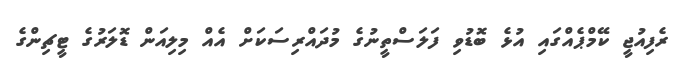
ރެފިއުޖީ ކޭމްޕެއްގައި އުޅެ ބޮޑުވި ފަލަސްތީނުގެ މުދައްރިސަކަށް އެއް މިލިއަން ޑޮލަރުގެ ޓީޗިންގެ